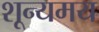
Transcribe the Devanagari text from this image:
शून्यमय